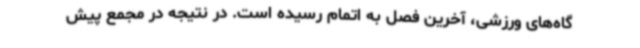
گاه‌های ورزشی، آخرین فصل به اتمام رسیده است. در نتیجه در مجمع پیش